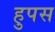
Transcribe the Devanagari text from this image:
हुपस